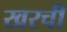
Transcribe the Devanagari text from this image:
खरची